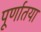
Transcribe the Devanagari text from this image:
पूर्णातया